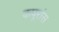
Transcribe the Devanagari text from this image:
कपूरांस